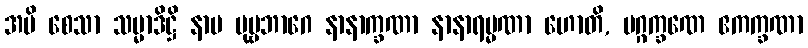
အပိ စေသာ သမ္မာဒိဋ္ဌိ နာမ ပုဗ္ဗဘာဂေ နာနာက္ခဏာ နာနာရမ္မဏာ ဟောတိ, မဂ္ဂက္ခဏေ ဧကက္ခဏာ